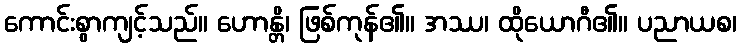
ကောင်းစွာကျင့်သည်။ ဟောန္တိ၊ ဖြစ်ကုန်၏။ အဿ၊ ထိုယောဂီ၏။ ပညာယစ၊